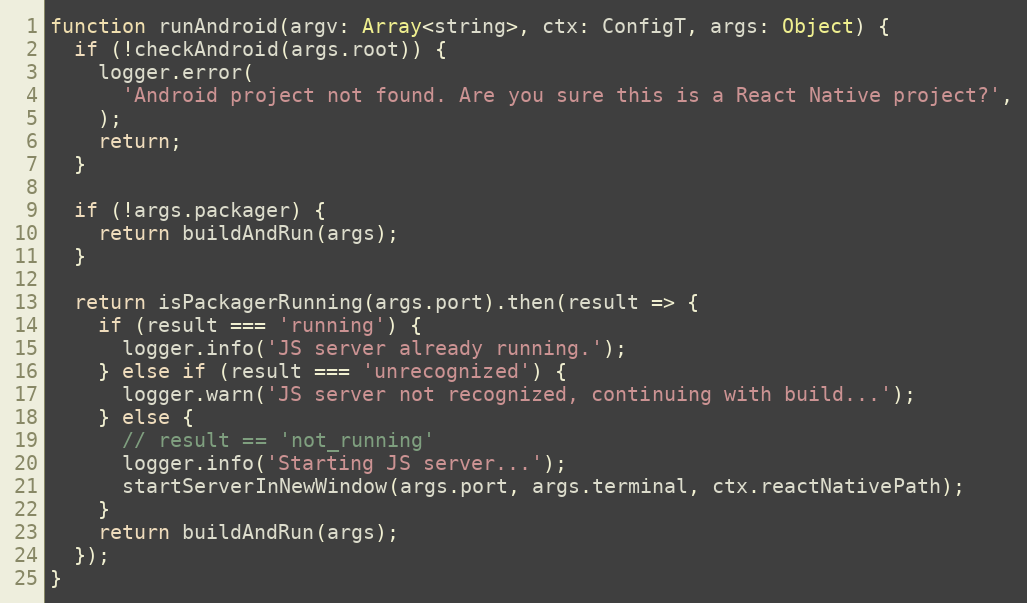
Language: JavaScript
function runAndroid(argv: Array<string>, ctx: ConfigT, args: Object) {
  if (!checkAndroid(args.root)) {
    logger.error(
      'Android project not found. Are you sure this is a React Native project?',
    );
    return;
  }

  if (!args.packager) {
    return buildAndRun(args);
  }

  return isPackagerRunning(args.port).then(result => {
    if (result === 'running') {
      logger.info('JS server already running.');
    } else if (result === 'unrecognized') {
      logger.warn('JS server not recognized, continuing with build...');
    } else {
      // result == 'not_running'
      logger.info('Starting JS server...');
      startServerInNewWindow(args.port, args.terminal, ctx.reactNativePath);
    }
    return buildAndRun(args);
  });
}